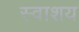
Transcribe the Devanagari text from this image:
स्वाशय